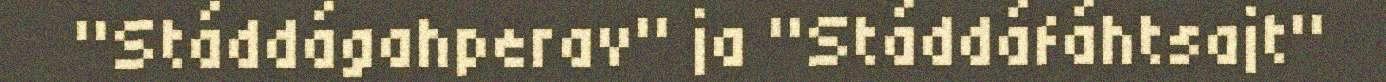
"Stáddágahperav" ja "Stáddáfáhtsajt"